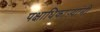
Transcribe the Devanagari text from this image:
पक्षाधिकाऱ्यांनी